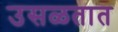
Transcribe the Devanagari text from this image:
उसळतात